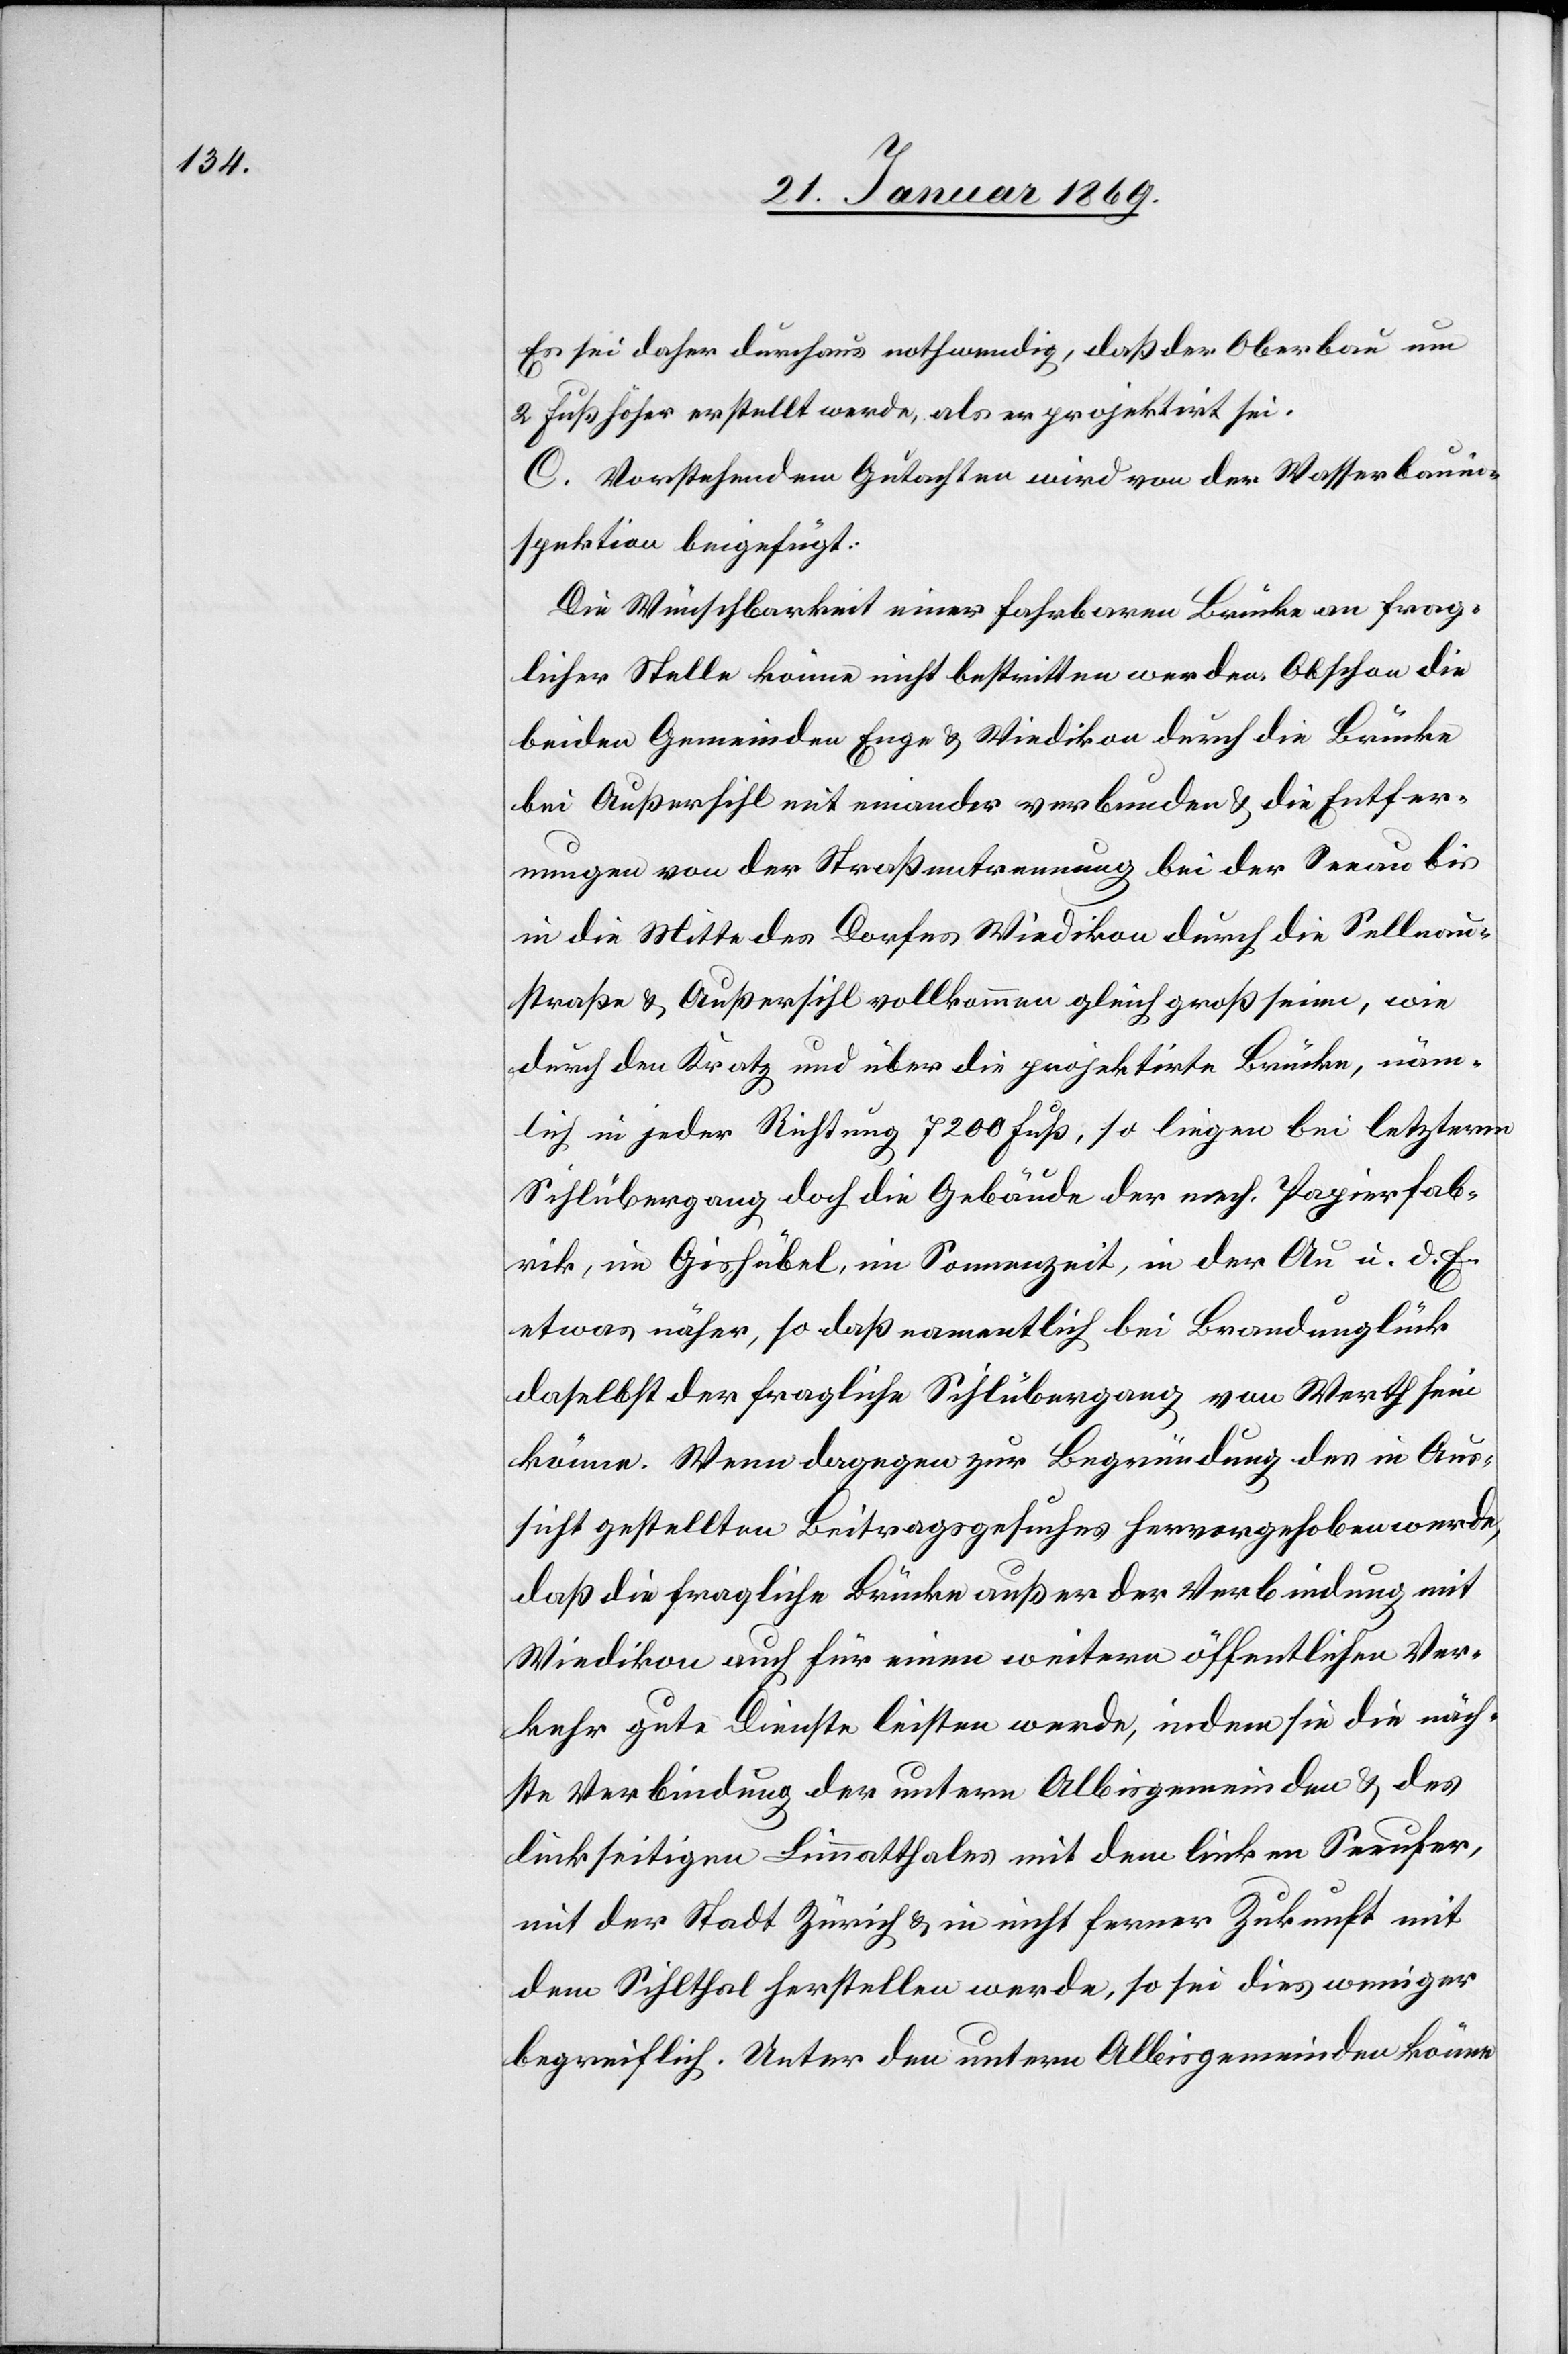
Es sei daher durchaus nothwendig, daß der Oberbau um
2 Fuß höher erstellt werde, als er projektirt sei.
C. Vorstehendem Gutachten wird von der Wasserbauin¬
spektion beigefügt:
Die Wünschbarkeit einer fahrbaren Brücke an frag¬
licher Stelle könne nicht bestritten werden. Obschon die
beiden Gemeinden Enge & Wiedikon durch die Brücke
bei Außersihl mit einander verbunden & die Entfer¬
nungen von der Straßentrennung bei der Seeau bis
in die Mitte des Dorfes Wiedikon durch die Sellnau¬
straße & Außersihl vollkommen gleich groß scheine, wie
durch den Kratz und über die projektirte Brücke, näm¬
lich in jeder Richtung 7200 Fuß, so liegen bei letzterm
Sihlübergang doch die Gebäude der mech. Papierfab¬
rik, im Gishübel, im Sonnenzeit, in der Au u. d. E.
etwas näher, so daß namentlich bei Brandunglück
daselbst der fragliche Sihlübergang von Werth sein
könne. Wenn dagegen zur Begründung des in Aus¬
sicht gestellten Beitragsgesuches hervorgehoben werde,
daß die fragliche Brücke außer der Verbindung mit
Wiedikon auch für einen weitern öffentlichen Ver¬
kehr gute Dienste leisten werde, indem sie die näch¬
ste Verbindung der untern Albisgemeinden & des
linkseitigen Limmatthales mit dem linken Seeufer,
mit der Stadt Zürich & in nicht ferner Zukunft mit
dem Sihlthal herstellen werde, so sei dies weniger
begreiflich. Unter den untern Albisgemeinden könne